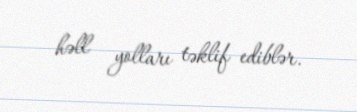
həll yolları təklif ediblər.